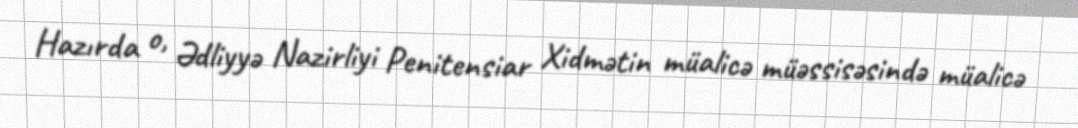
Hazırda o, Ədliyyə Nazirliyi Penitensiar Xidmətin müalicə müəssisəsində müalicə